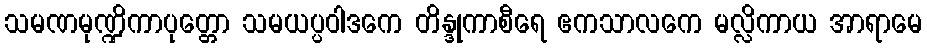
သမဏမုဏ္ဍိကာပုတ္တော သမယပ္ပဝါဒကေ တိန္ဒုကာစီရေ ဧကသာလကေ မလ္လိကာယ အာရာမေ